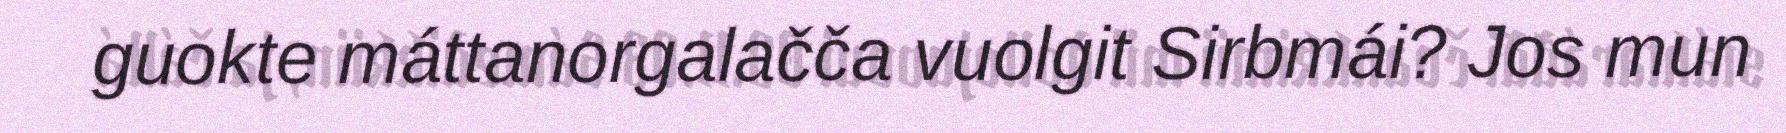
guokte máttanorgalačča vuolgit Sirbmái? Jos mun